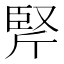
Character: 𰯱